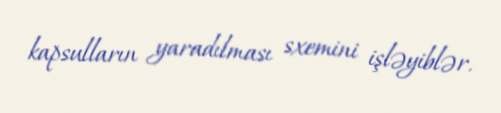
kapsulların yaradılması sxemini işləyiblər.